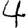
Digit: 4